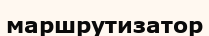
маршрутизатор